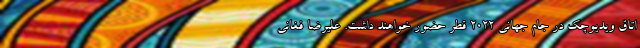
اتاق ویدیوچک در جام جهانی ۲۰۲۲ قطر حضور خواهند داشت. علیرضا فغانی